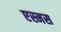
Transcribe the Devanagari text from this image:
एस्मस